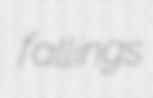
fallings